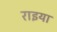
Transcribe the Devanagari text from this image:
राइया